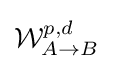
{\mathcal {W}}_{A\rightarrow B}^{p,d}